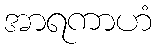
အာရကာဟံ